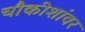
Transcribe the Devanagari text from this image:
चौकीशांवर